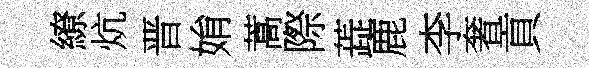
繚炕晋姢蒿際蕋鹿李奢貢